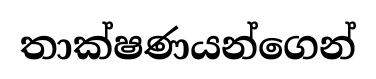
තාක්ෂණයන්ගෙන්